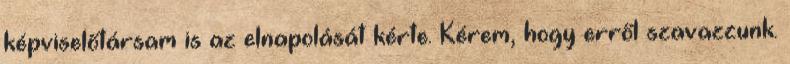
képviselőtársam is az elnapolását kérte. Kérem, hogy erről szavazzunk.